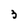
Character: 3